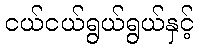
ငယ်ငယ်ရွယ်ရွယ်နှင့်